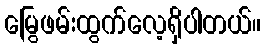
မြွေဖမ်းထွက်လေ့ရှိပါတယ်။